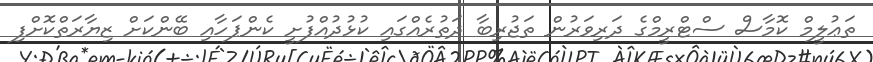
ތަޢުލީމް ކޮމާސް ސްޓްރީމްގެ ދަރިވަރުން ތަޖުރިބާ ދަތުރެއްގައި ކުޅުދުއްފުށީ ކެންޕަހާއި ބޭންކަށް ޒިޔާރަތްކޮށްފި